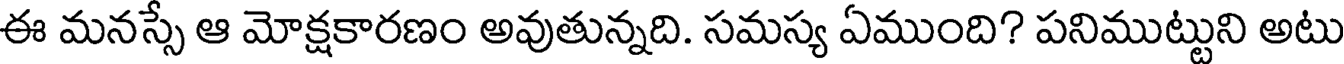
ఈ మనస్సే ఆ మోక్షకారణం అవుతున్నది. సమస్య ఏముంది? పనిముట్టుని అటు